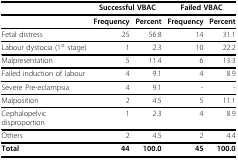
<table><thead><tr><td>[EMPTY_CELL]</td><td colspan="2"><b>Successful VBAC</b></td><td colspan="2"><b>Failed VBAC</b></td></tr></thead><tbody><tr><td>[EMPTY_CELL]</td><td><b>Frequency</b></td><td><b>Percent</b></td><td><b>Frequency</b></td><td><b>Percent</b></td></tr><tr><td>Fetal distress</td><td>25</td><td>56.8</td><td>14</td><td>31.1</td></tr><tr><td>Labour dystocia (1<sup>st </sup>stage)</td><td>1</td><td>2.3</td><td>10</td><td>22.2</td></tr><tr><td>Malpresentation</td><td>5</td><td>11.4</td><td>6</td><td>13.3</td></tr><tr><td>Failed induction of labour</td><td>4</td><td>9.1</td><td>4</td><td>8.9</td></tr><tr><td>Severe Pre-eclampsia</td><td>4</td><td>9.1</td><td>-</td><td>-</td></tr><tr><td>Malposition</td><td>2</td><td>4.5</td><td>5</td><td>11.1</td></tr><tr><td>Cephalopelvic disproportion</td><td>1</td><td>2.3</td><td>4</td><td>8.9</td></tr><tr><td>Others</td><td>2</td><td>4.5</td><td>2</td><td>4.4</td></tr><tr><td><b>Total</b></td><td><b>44</b></td><td><b>100.0</b></td><td><b>45</b></td><td><b>100.0</b></td></tr></tbody></table>